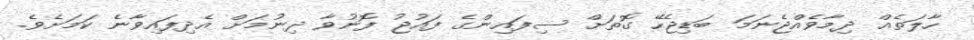
ހާލަތެެއް ދިމާވެއްޖެނަމަ ބަޑިޖެހޭ ގޮތަށް ސިފައިންގެ ފައުޖު ފޮނުވާ ދިނުމަށް އެދިފައިވާނެ ކަމަށެވެ.